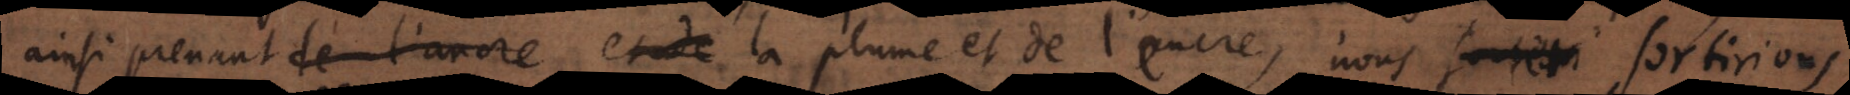
ainsi prenant de l’encre et de la plume et de l’encre, nous sortirions